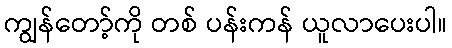
ကျွန်တော့်ကို တစ် ပန်းကန် ယူလာပေးပါ။